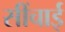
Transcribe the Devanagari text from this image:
सींचाई